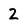
Character: 2